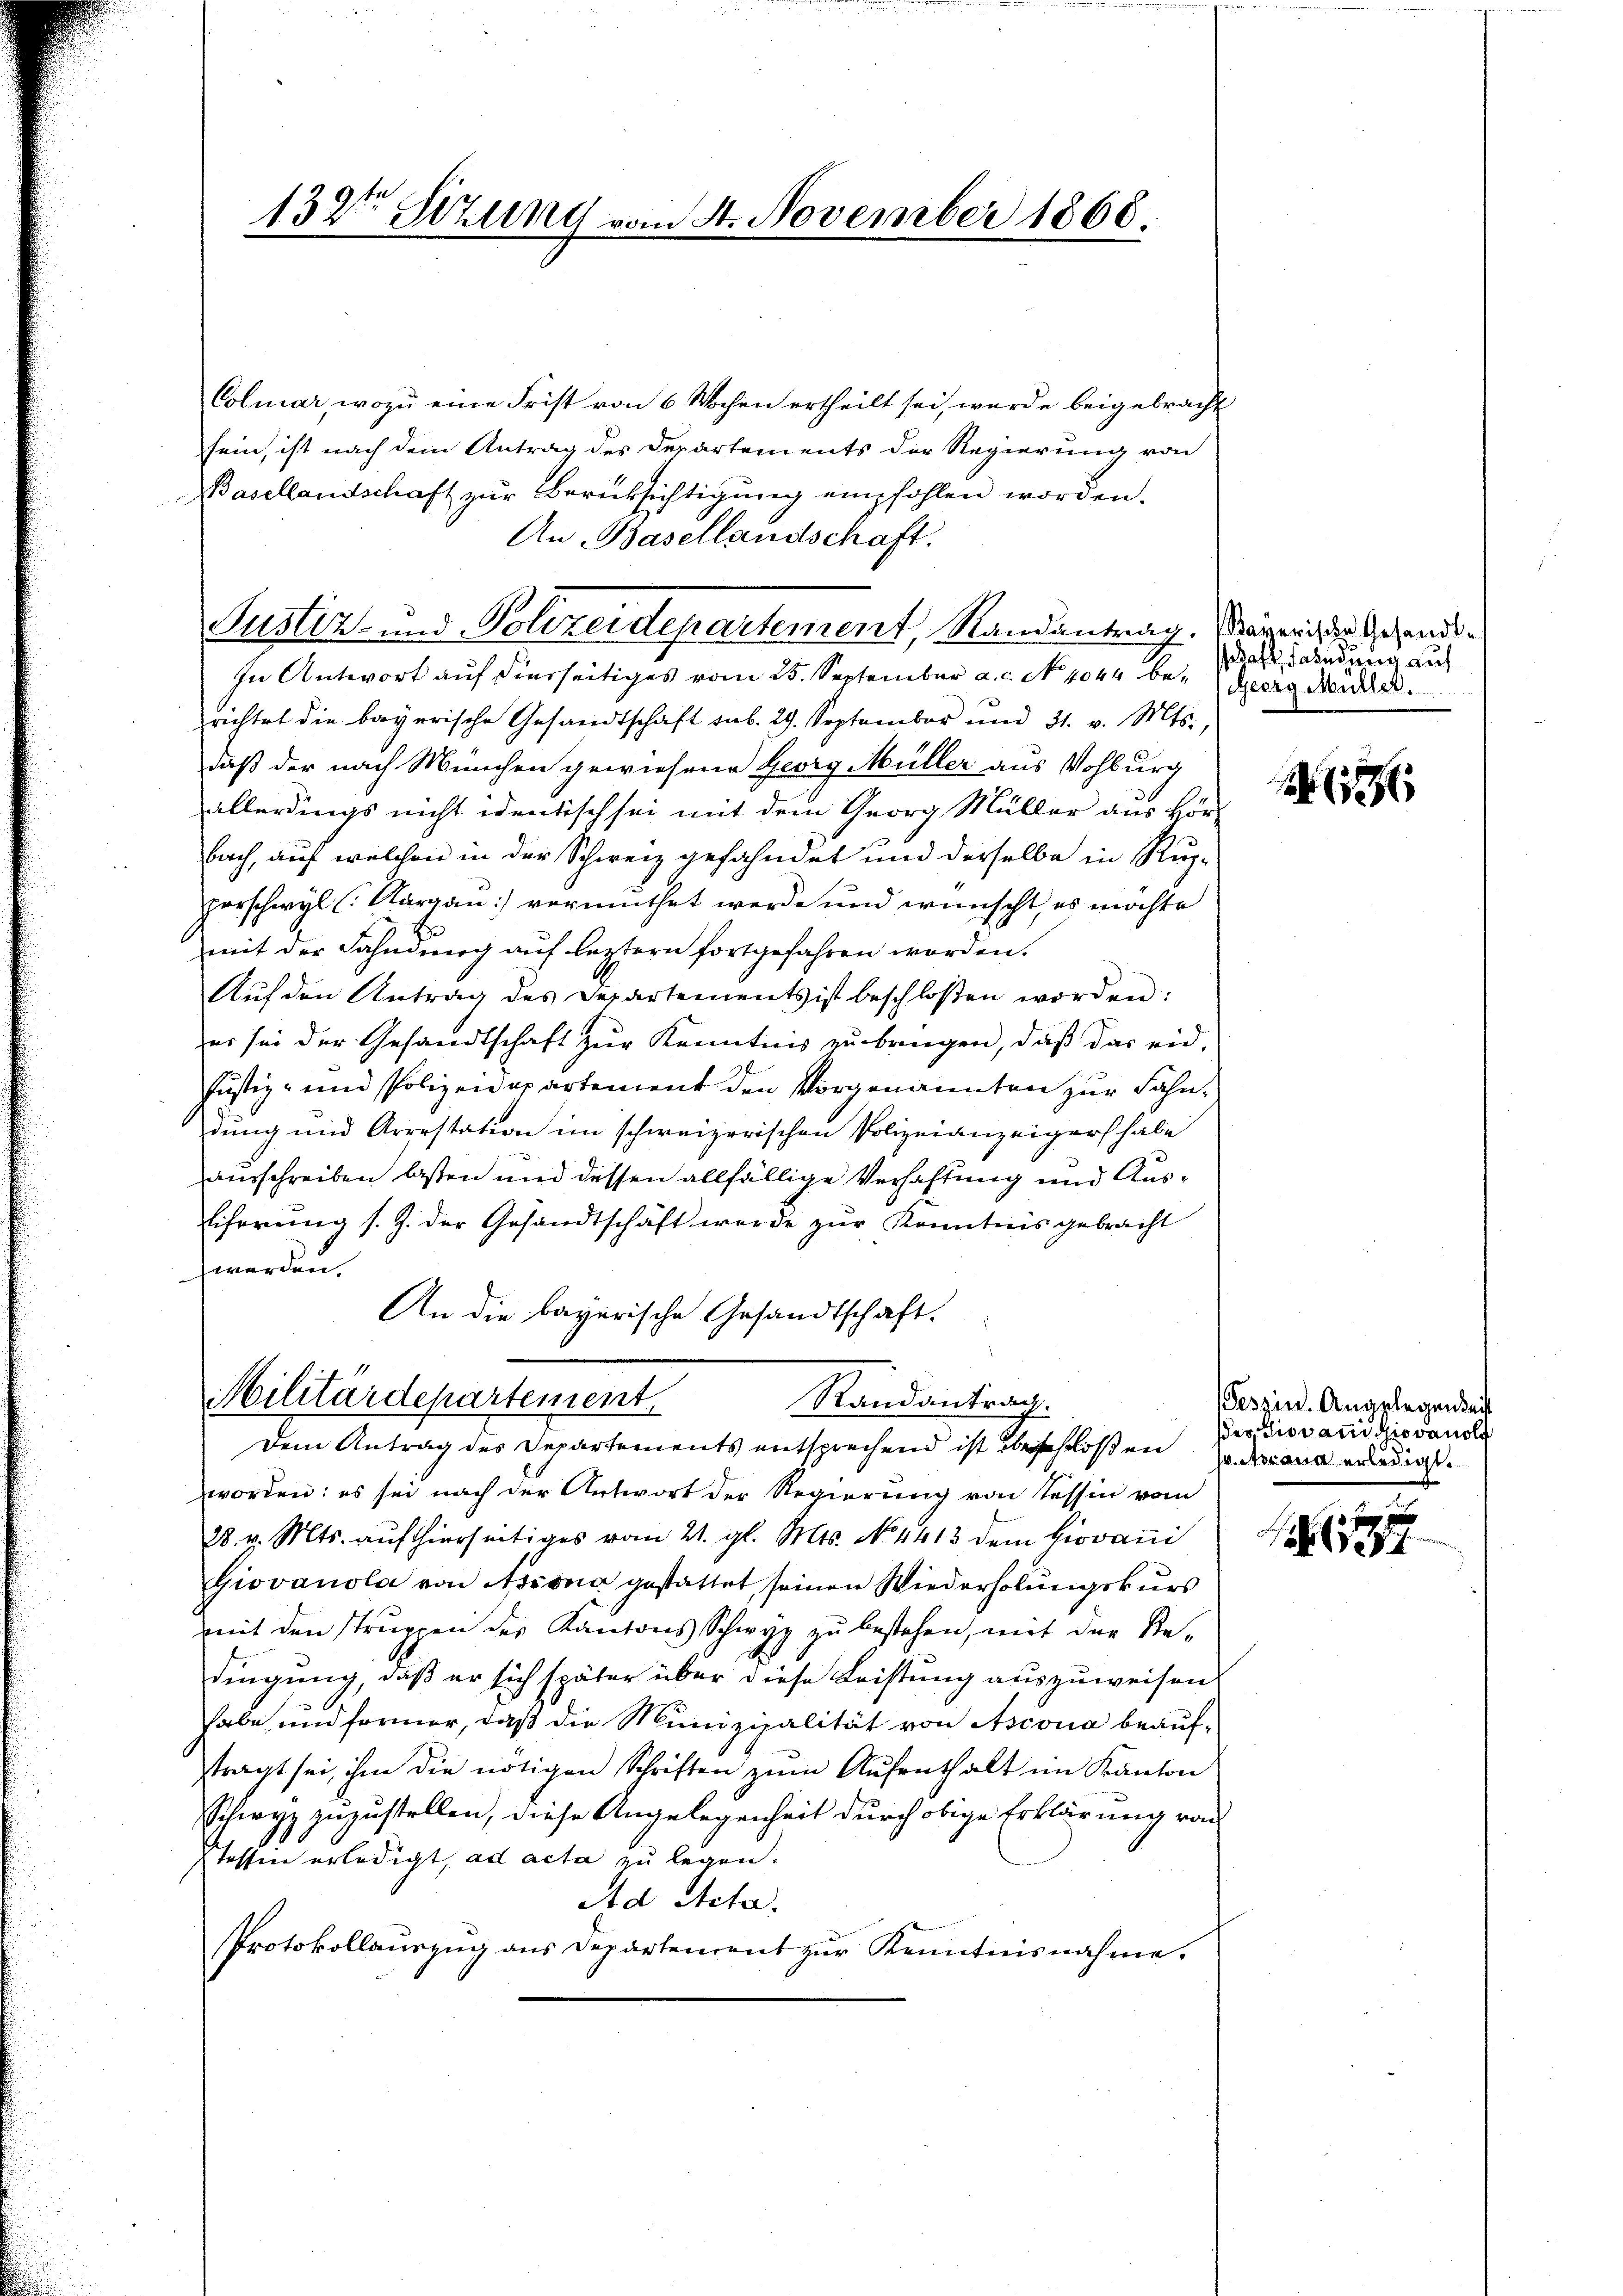
132ten Sitzung von

Justiz- und Polizeidepartement, Randantrag. Nagerich zu Gesandt¬

Colmar, wozu eine Frist von 6 Wochen ertheilt sei, wurde beigebracht
sein, ist nach dem Antrag des Departements der Regierung von
Basellandschaft zur Berücksichtigung empfohlen worden.
An Basellandschaft.
In Antwort auf hierseitiges vom 25. September a.c. No. 4044. berichtet die bayerische Gesandtschaft sub. 29. September und 31. v. Mts.,
daß der nach München gewiesene Georg Müller aus Wohburg
allerdings nicht identisch sei mit dem Georg Müller aus Hörbach, auf welchen in der Schweiz gefahndet und derselbe in Rupporschwyl (Aargau vermuthet werde und wünscht, es möchte
mit der Fahndung auf letztern fortgefahren worden.
Aŭf den Antrag des Departements ist beschloßen worden:
er sei der Gesandtschaft zur Kenntnis zu bringen, daß das eid-
Justiz- und Polizeidepartement den Vorgenannten zur Fähndung und Arrestation im schweizerischen Polizeianzeiger habe
ausschreiben lassen und dessen allfällige Verhaftung und Aus¬
Eiferung s. Z. der Gesandtschäft werde zŭr Kenntnis gebracht
werden.
An die bayerische Gesandtschaft.

14. November 1868

Militärdepartement
Randantrag.
Dem Antrag des Departements entsprechend ist beschloßen Indemann erledigte

worden: es sei nach der Antwort der Regierung von Tessin vom
28. v. Mts. auf hierseitiges vom 21. gl. Mts. No. 4413 dem Giovani
Giovanola von Assona gestattet, seinen Wiederholungskurs
mit den Struppen des Kantons Schwyz zu bestehen, mit der Redingung, daß er sich später über diese Leistung auszuweisen.
habe und former, daß die Munizipalität von Asconia beaufftragt sei, ihm die nötigen Schriften zŭm Aŭfrath alt im Kanton
Schwyz zuzustellen, diese Angelegenheit durch obige Erklärung von
Tessin erledigt, ad acta zu legen.
Ad Acta.
Protokollauszug aus Departement zur Kenntnisnahme.

daft, Fahndung auf
Georg Mutter.

1

Peszin. Angelegenseit
ses, Piovan Giovanole

x